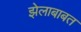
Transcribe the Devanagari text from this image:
झेलाबाबत